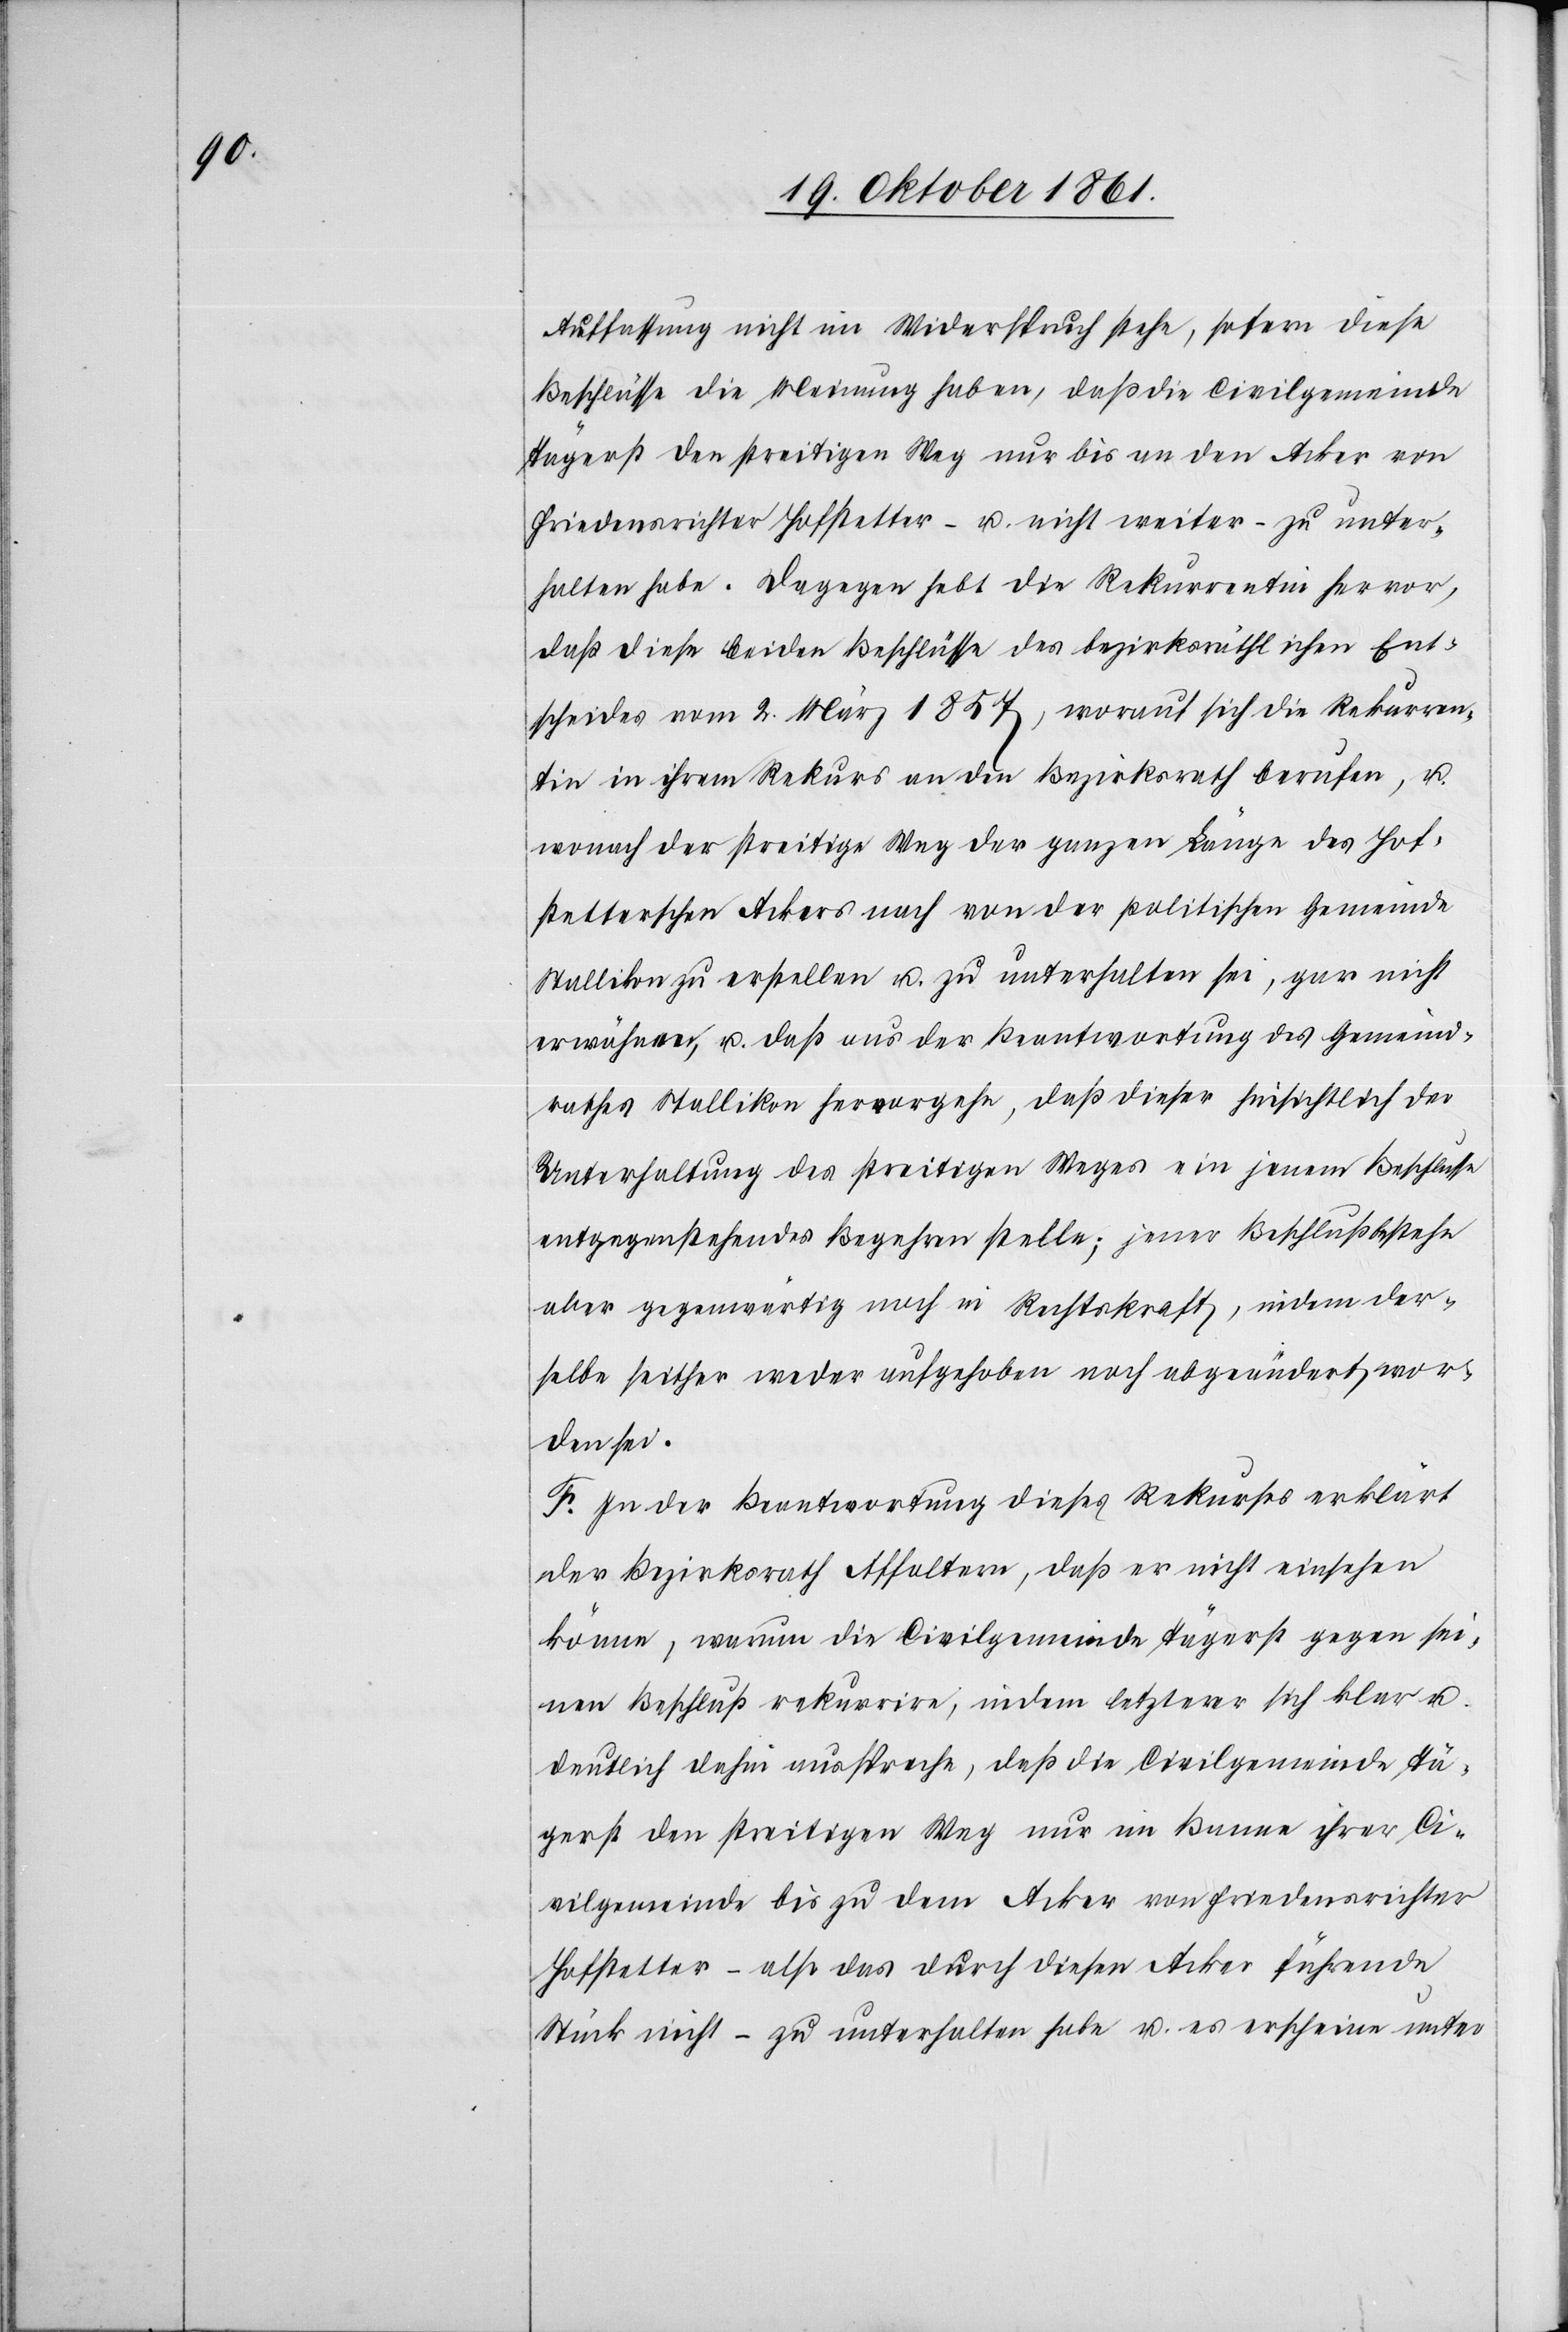
Auffassung nicht im Widerspruch stehe, sofern diese
Beschlüsse die Meinung haben, daß die Civilgemeinde
Tägerst den streitigen Weg nur bis an den Acker von
Friedensrichter Hofstetter – u. nicht weiter – zu unter¬
halten habe. Dagegen hebt die Rekurrentin hervor,
daß diese beiden Beschlüsse des bezirksräthlichen Ent¬
scheides vom 2 März 1854, worauf sich die Rekurren¬
tin in ihrem Rekurs an den Bezirksrath berufen
wonach der streitige Weg der ganzen Länge des Hof¬
stetterschen Ackers nach von der politischen Gemeinde
Stallikon zu erstellen u. zu unterhalten sei, gar nicht
erwähne, u. daß aus der Beantwortung des Gemeind¬
rathes Stallikon hervorgehe, daß dieser hinsichtlich der
Unterhaltung des streitigen Weges ein jenem Beschusse
entgegenstehendes Begehren stelle; jener Beschluß bestehe
aber gegenwärtig noch in Rechtskraft, indem der¬
selbe seither weder aufgehoben noch abgeändert wor¬
den sei.
F. In der Beantwortung dieses Rekurses erklärt
der Bezirksrath Affoltern, daß er nicht einsehen
könne, warum die Civilgemeinde Tägerst gegen sei¬
nen Beschluß rekurrire, indem letzterer sich klar u.
deutlich dahin ausspreche, daß die Civilgemeinde Tä¬
gerst den streitigen Weg nur im Banne ihrer Ci¬
vilgemeinde bis zu dem Acker von Friedensrichter
Hofstetter – also das durch diesen Acker führende
Stück nicht – zu unterhalten habe u. es erscheine unter